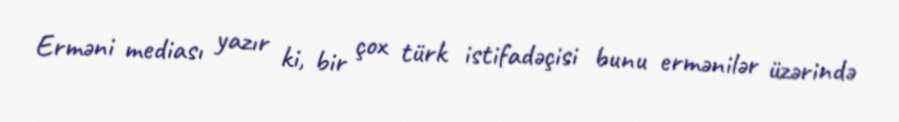
Erməni mediası yazır ki, bir çox türk istifadəçisi bunu ermənilər üzərində